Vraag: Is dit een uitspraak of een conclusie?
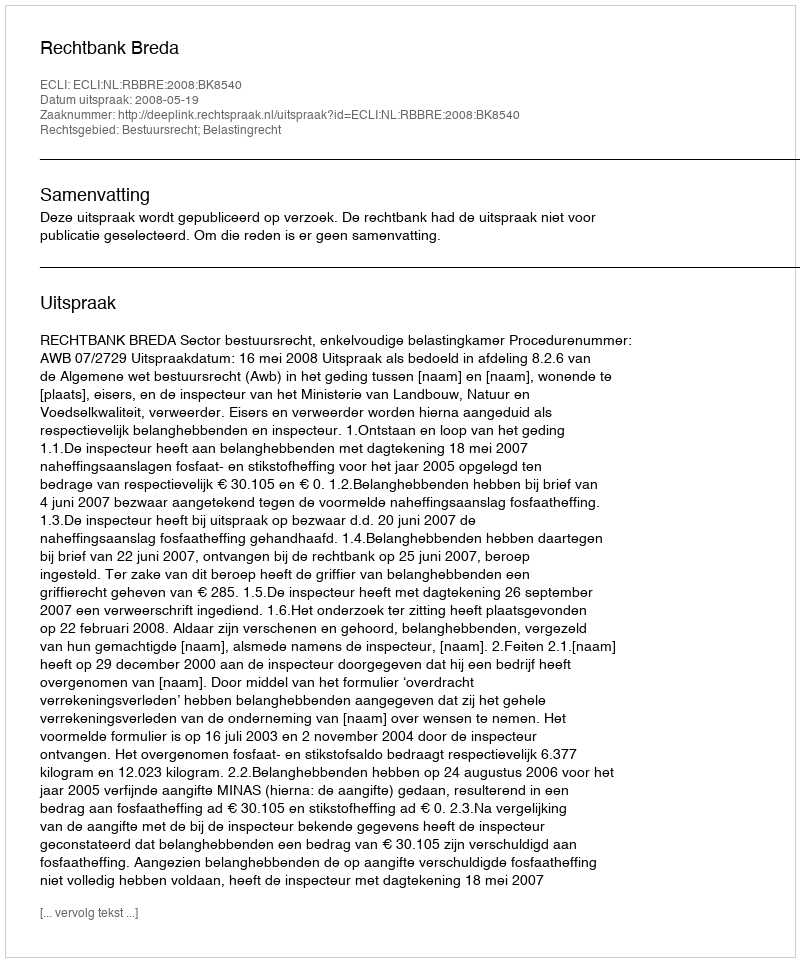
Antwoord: Uitspraak